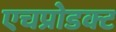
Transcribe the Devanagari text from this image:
एचप्रोडक्ट